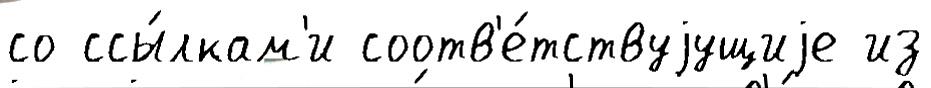
со ссы́лкам'и соотв'е́тствуjущиjе из